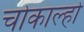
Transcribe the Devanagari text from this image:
चोकाल्हो